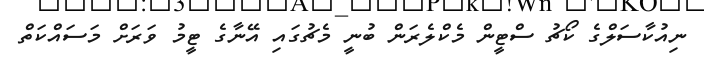
ނިއުކާސަލްގެ ކޯޗު ސްޓީން މެކްލެރަން ބުނީ މެޗުގައި އޭނާގެ ޓީމު ވަރަށް މަސައްކަތް